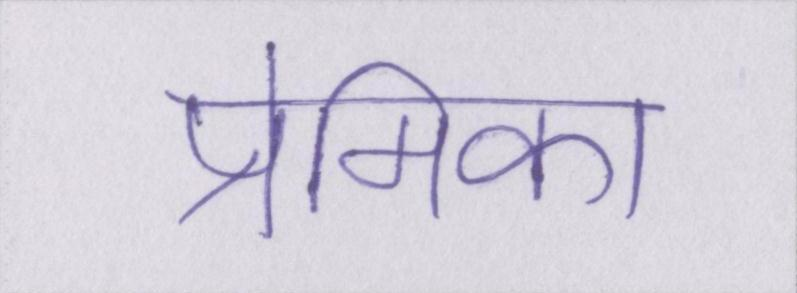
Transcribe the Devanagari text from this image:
प्रेमिका